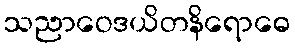
သညာဝေဒယိတနိရောဓေ